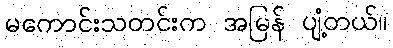
မကောင်းသတင်းက အမြန် ပျံ့တယ်။